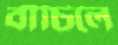
বাঁচিলে